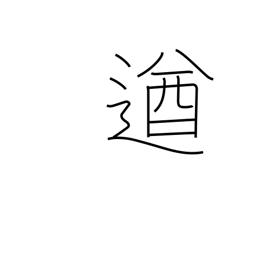
Meaning: powerful